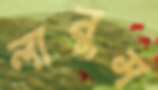
লানুস